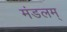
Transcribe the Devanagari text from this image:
मंडलम्‌